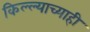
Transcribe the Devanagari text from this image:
किल्ल्याच्याही